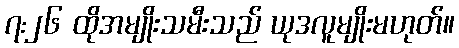
၇:၂၆ ထိုအမျိုးသမီးသည် ယုဒလူမျိုးမဟုတ်။